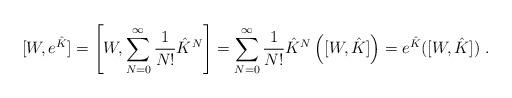
LaTeX: \begin{align*}[W,e^{\hat{K}}]=\left[W,\sum_{N=0}^{\infty}\frac{1}{N!}\hat{K}^N\right]=\sum_{N=0}^{\infty}\frac{1}{N!}\hat{K}^N\left([W,\hat{K}]\right)=e^{\hat{K}}([W,\hat{K}]) \ .\end{align*}